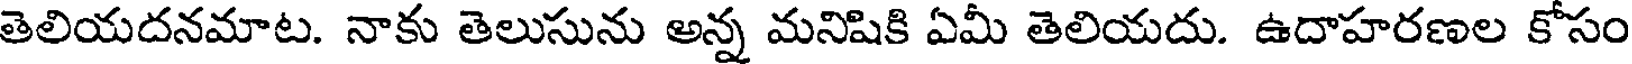
తెలియదనమాట. నాకు తెలుసును అన్న మనిషికి ఏమీ తెలియదు. ఉదాహరణల కోసం